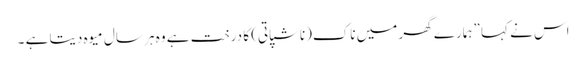
اس نے کہا ”ہمارے گھر میں ناک(ناشپاتی) کا درخت ہے وہ ہر سال میوہ دیتا ہے ۔